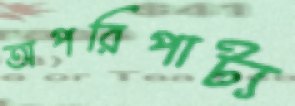
অপরিপাট্য